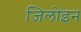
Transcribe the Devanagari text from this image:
जिलोइन